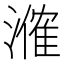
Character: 𬈼